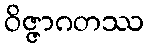
ဝိဇ္ဇာဂတဿ